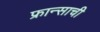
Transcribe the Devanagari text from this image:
फ्रान्साची